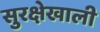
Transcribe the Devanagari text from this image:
सुरक्षेखाली